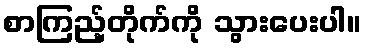
စာကြည့်တိုက်ကို သွားပေးပါ။